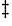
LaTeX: ^{\ddagger}